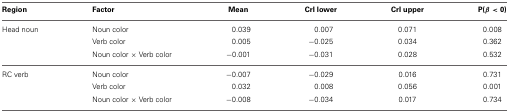
<table><thead><tr><td><b>Region</b></td><td><b>Factor</b></td><td><b>Mean</b></td><td><b>CrI lower</b></td><td><b>CrI upper</b></td><td><b>P(β &lt; 0)</b></td></tr></thead><tbody><tr><td>Head noun</td><td>Noun color</td><td>0.039</td><td>0.007</td><td>0.071</td><td>0.008</td></tr><tr><td>[EMPTY_CELL]</td><td>Verb color</td><td>0.005</td><td>−0.025</td><td>0.034</td><td>0.362</td></tr><tr><td>[EMPTY_CELL]</td><td>Noun color × Verb color</td><td>−0.001</td><td>−0.031</td><td>0.028</td><td>0.532</td></tr><tr><td>RC verb</td><td>Noun color</td><td>−0.007</td><td>−0.029</td><td>0.016</td><td>0.731</td></tr><tr><td>[EMPTY_CELL]</td><td>Verb color</td><td>0.032</td><td>0.008</td><td>0.056</td><td>0.001</td></tr><tr><td>[EMPTY_CELL]</td><td>Noun color × Verb color</td><td>−0.008</td><td>−0.034</td><td>0.017</td><td>0.734</td></tr></tbody></table>